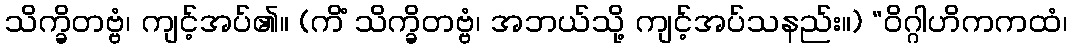
သိက္ခိတဗ္ဗံ၊ ကျင့်အပ်၏။ (ကိံ သိက္ခိတဗ္ဗံ၊ အဘယ်သို့ ကျင့်အပ်သနည်း။) “ဝိဂ္ဂါဟိကကထံ၊